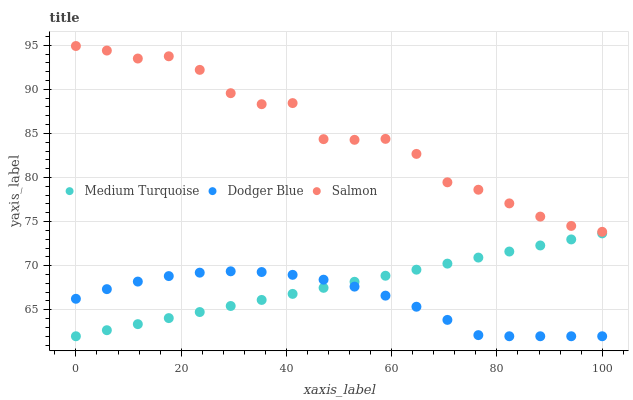
| xaxis_label | Medium Turquoise | Dodger Blue | Salmon |
 | --- | --- | --- | --- |
 | 0 | 62 | 66.2 | 94.9 |
 | 5.88 | 62.7 | 67.3 | 94.4 |
 | 11.8 | 63.4 | 68.2 | 93.5 |
 | 17.6 | 64.1 | 68.8 | 93.7 |
 | 23.5 | 64.7 | 69.2 | 92.2 |
 | 29.4 | 65.4 | 69.4 | 89.6 |
 | 35.3 | 66.1 | 69.3 | 88.3 |
 | 41.2 | 66.8 | 69 | 88.4 |
 | 47.1 | 67.5 | 68.4 | 84.4 |
 | 52.9 | 68.2 | 67.6 | 84.3 |
 | 58.8 | 68.9 | 66.6 | 84.4 |
 | 64.7 | 69.5 | 65.3 | 82.7 |
 | 70.6 | 70.2 | 63.9 | 79.5 |
 | 76.5 | 70.9 | 62.1 | 78.6 |
 | 82.4 | 71.6 | 62 | 77.1 |
 | 88.2 | 72.3 | 62 | 75.6 |
 | 94.1 | 73 | 62 | 74.5 |
 | 100 | 73.7 | 62 | 73.8 |